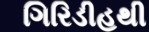
ગિરિડીહથી